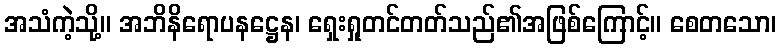
အသံကဲ့သို့။ အဘိနိရောပနဋ္ဌေန၊ ရှေးရှုတင်တတ်သည်၏အဖြစ်ကြောင့်။ စေတသော၊